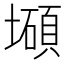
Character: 𰊹